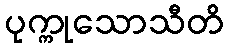
ပုက္ကုသောသီတိ